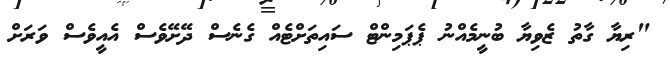
"ރިޔާ ގާތު ޒެވިޔާ ބުނީމެއްނު ޕެޕަމިންޓް ސައިތަށްޓެއް ގެނެސް ދޭށޭވެސް އެއީވެސް ވަރަށް